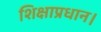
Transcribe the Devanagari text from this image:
शिक्षाप्रधान।